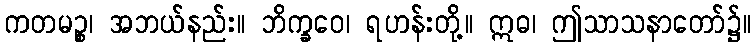
ကတမဉ္စ၊ အဘယ်နည်း။ ဘိက္ခဝေ၊ ရဟန်းတို့။ ဣဓ၊ ဤသာသနာတော်၌။